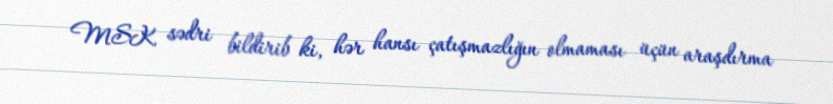
MSK sədri bildirib ki, hər hansı çatışmazlığın olmaması üçün araşdırma